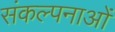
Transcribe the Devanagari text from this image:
संकल्‍पनाओं